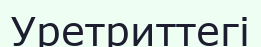
Уретриттегі